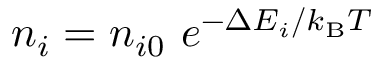
n _ { i } = n _ { i 0 } \ e ^ { - \Delta E _ { i } / k _ { \mathrm { B } } T }